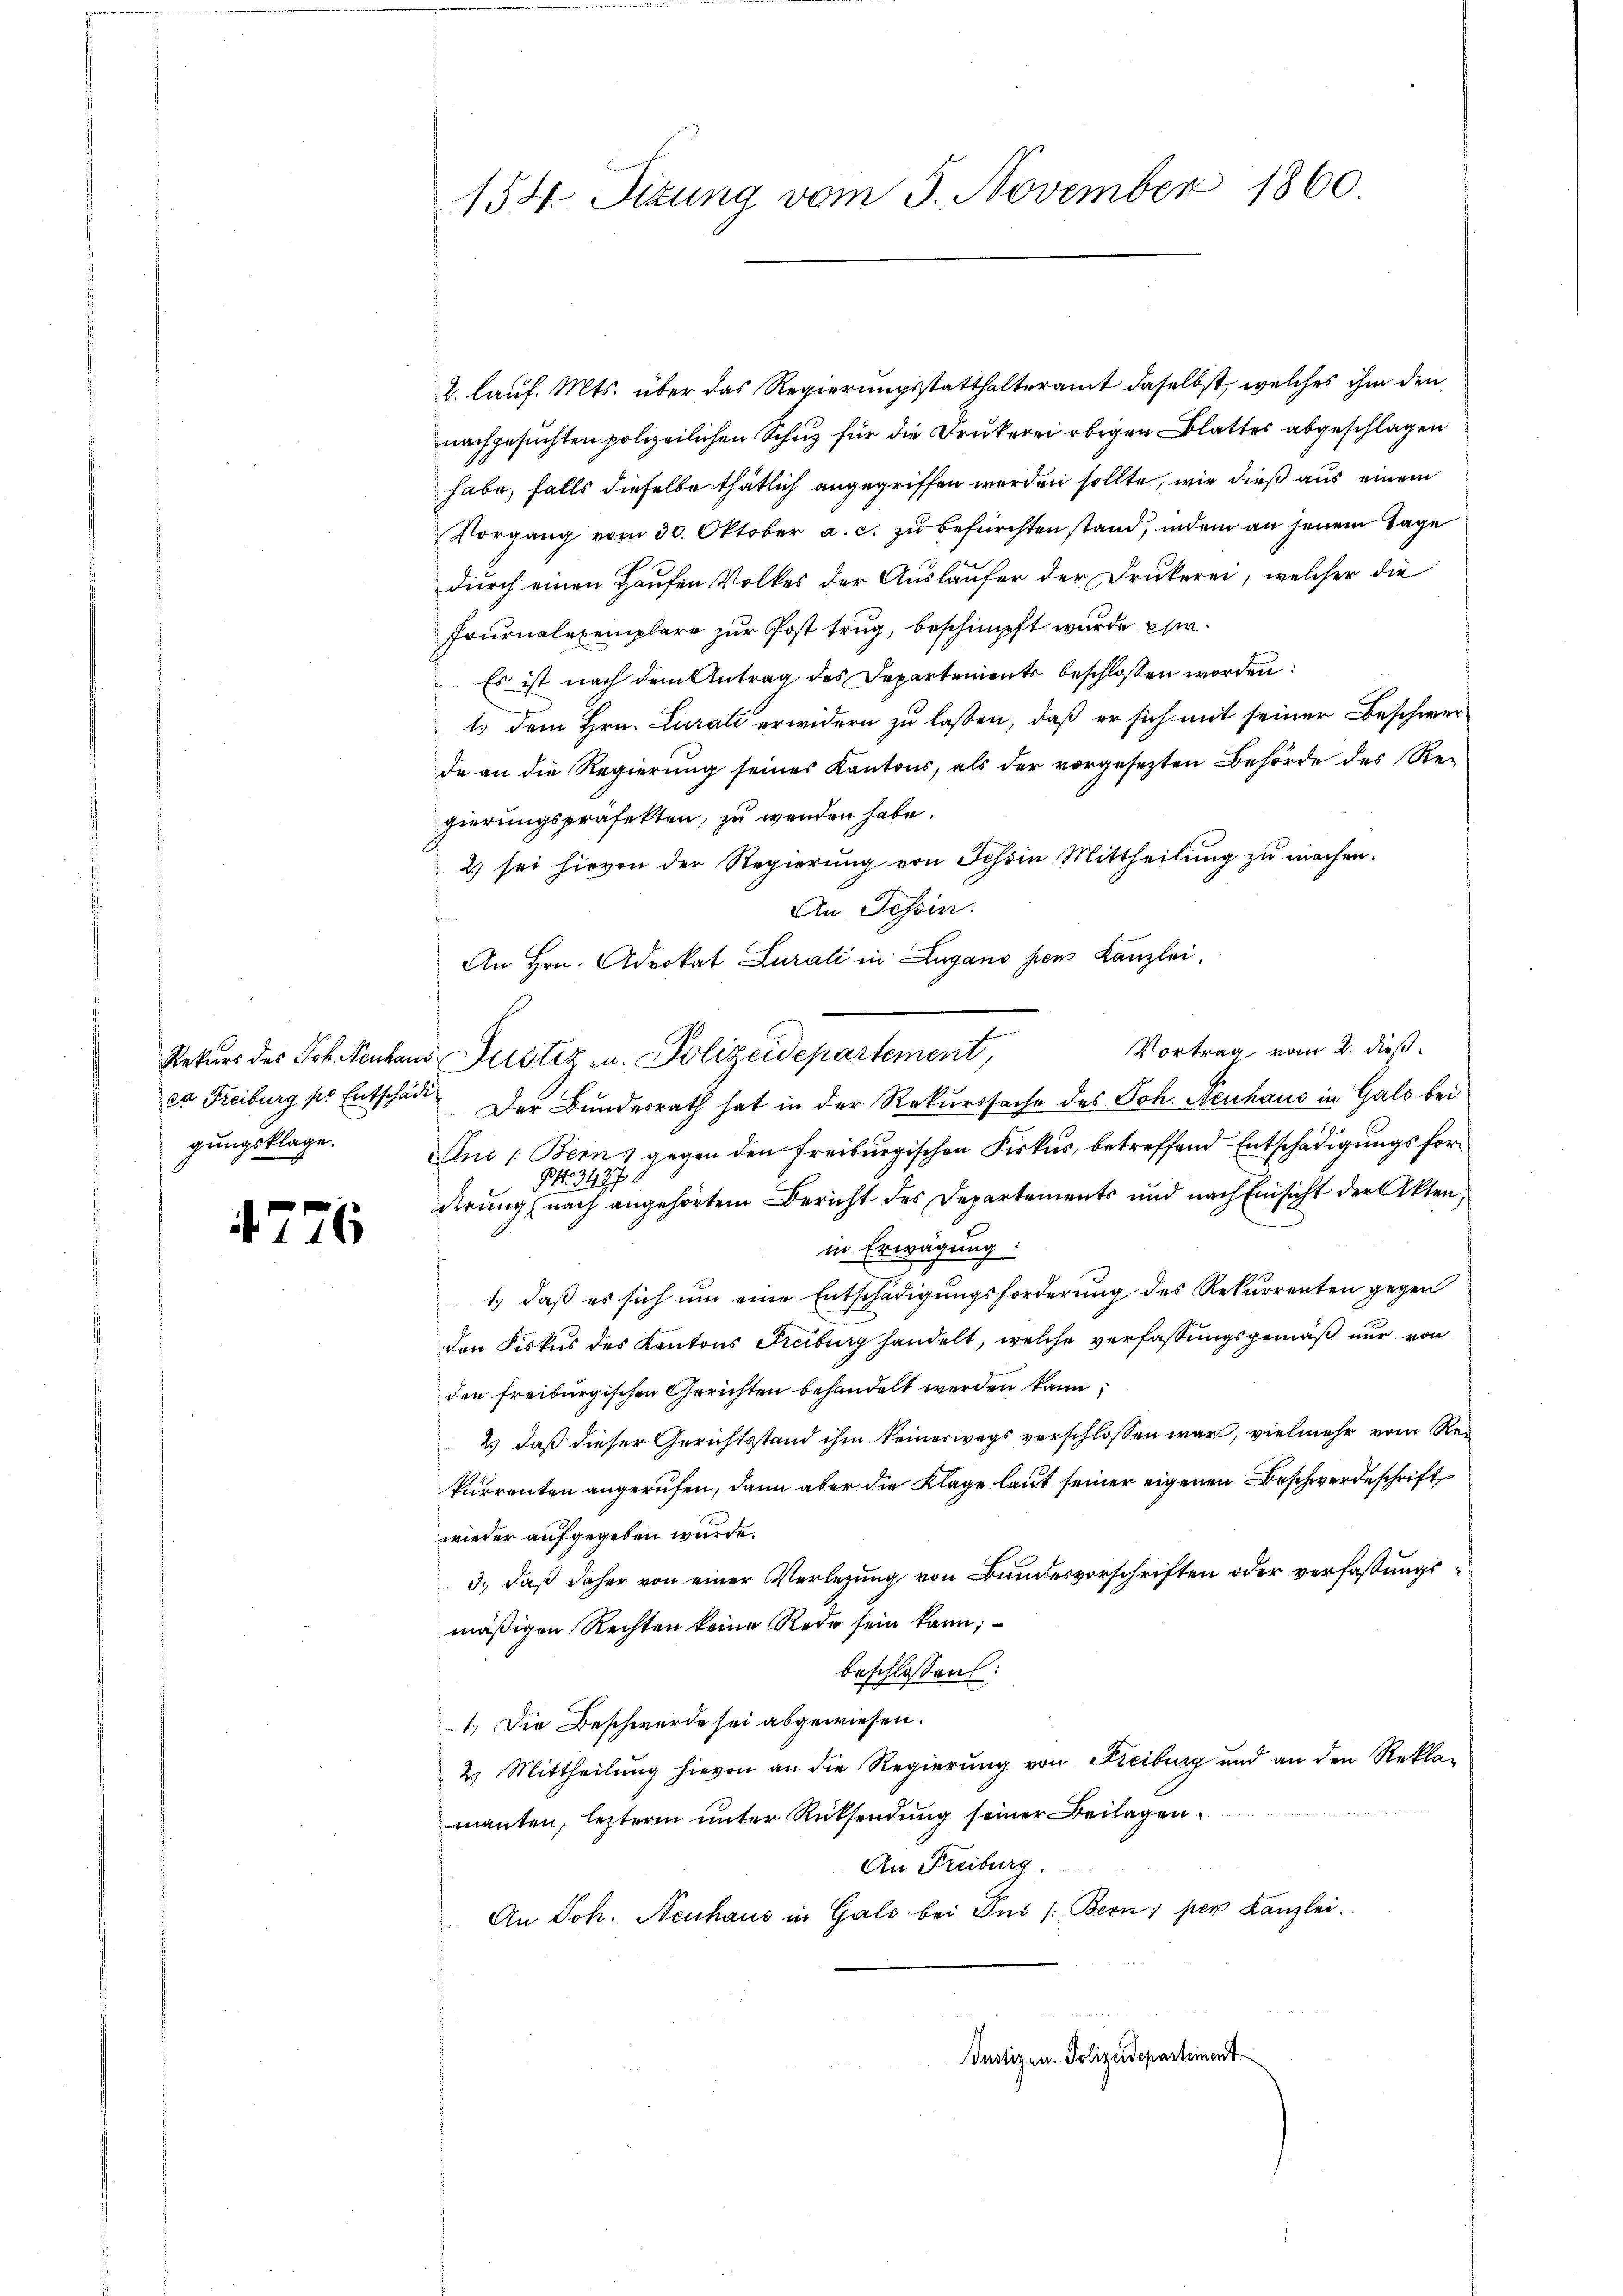
gungsklage.

4776

154. Sizung vom 5. November 1860.

2. lauf. Mts. über das Regierungsstatthalteramt daselbst, welches ihm den
nachgesuchten polizeilichen Schuz für die Drukerei obigen Blattes abgeschlagen
habe, falls dieselbe thätlich angegriffen worden sollte, wie dieß aus einem
Vorgang vom 30. Oktober a. c. zu befürchten stand, indem an jenem Tage
durch einen Hausen Volkes der Ausläufer der Drukerei, welcher die
Frurnalexemplare zur Post trug, beschimpft wurde er¬
 Es ist nach dem Antrag des Departements beschlossen worden:
ts dem Hrn. Curati erwidern zu lassen, daß er sich mit seiner Beschwerda an die Regierung seines Kantons, als der vorgesezten Behörde des Regierungspräfekten, zu werden habe.
2) sei hievon der Regierung von Schein Mittheilung zu machen.
An Tessin.
An Hrn. Advokat Curati in Lugano per Kanzlei.
Vortrag vom 2. dieß.
Rekurs des Joh. Neuhaus Justiz u. Polizeidepartement,
ca Freiburg so Entschade. Der Bundesrath hat in der Rekurssache des Joh. Neuhaus in Galo bei
An [Bern gegen den Freiburgischen Fiskus, betreffend Entschädigungsfor¬
NNo. 34870
derung nach angehörtem Bericht des Departements und nach Einsicht der Akten,
in Erwägung:
1.) daß es sich um eine Entschädigungsforderung des Rekurrenten gegen
den Fiskus des Kantons Freiburg handelt, welche verfassungsgemäß nur von
den Freiburgischen Gerichten behandelt werden kann:
2) daß dieser Gerichtsstand ihm keineswegs verschlossen war, vielmehr vom Rekurrenten angerufen, dann aber die Klage laut seiner eigenen Beschwerdeschrift
wieder aufgegeben wurde.
3., daß daher von einer Verlegung von Bundesvorschriften oder verfaßungs
mäßigen Rechten keine Rede sein kann;
beschlossen:
1.) Die Beschwerde sei abgewiesen.
2 Mittheilung hievon an die Regierung von Freiburg und an den Reklamanten, lezteren unter Rücksendung seiner Beilagen
An Freiburg,
An Joh. Neuhaus in Gals bei Pus /: Bern; per Kanzlei.

Justizen. Polizeidepartement